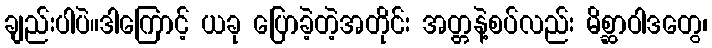
ချည်းပါပဲ။ဒါကြောင့် ယခု ပြောခဲ့တဲ့အတိုင်း အတ္တနဲ့စပ်လည်း မိစ္ဆာဝါဒတွေ၊